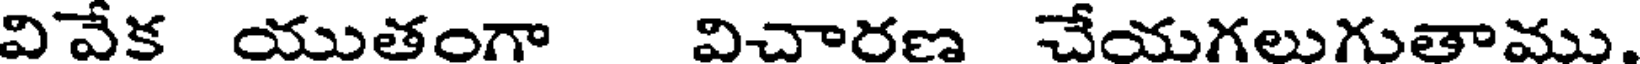
వివేక యుతంగా విచారణ చేయగలుగుతాము.